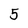
Character: 5